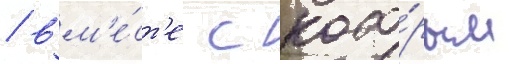
/ вм'е́ст'е с кото́рым